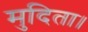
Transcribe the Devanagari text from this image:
मुदिता।